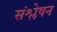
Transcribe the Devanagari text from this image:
संश्लेषन